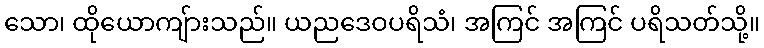
သော၊ ထိုယောကျ်ားသည်။ ယညဒေဝပရိသံ၊ အကြင် အကြင် ပရိသတ်သို့။